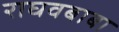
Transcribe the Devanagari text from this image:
राघवबाबा